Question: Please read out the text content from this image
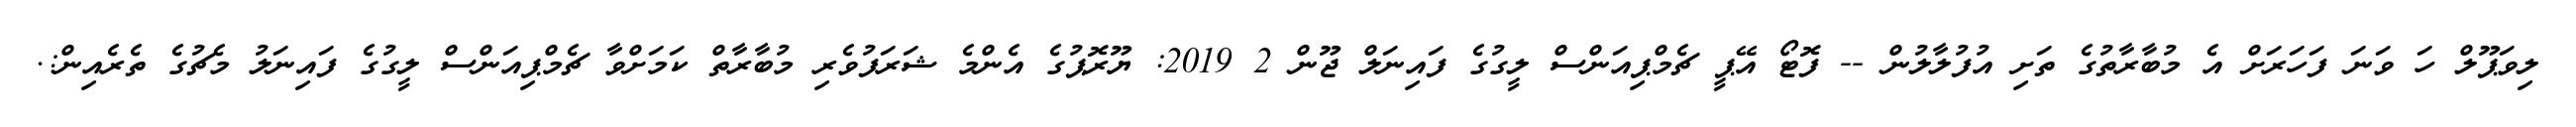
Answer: ލިވަޕޫލް ހަ ވަނަ ފަހަރަށް އެ މުބާރާތުގެ ތަށި އުފުލާލުން -- ފޮޓޯ އޭޕީ ޗެމްޕިއަންސް ލީގުގެ ފައިނަލް ޖޫން 2 2019: ޔޫރޮޕުގެ އެންމެ ޝަރަފުވެރި މުބާރާތް ކަމަށްވާ ޗެމްޕިއަންސް ލީގުގެ ފައިނަލު މެޗުގެ ތެރެއިން:.